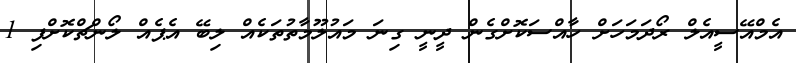
އެމްއޭސީއެލް ރޯދަމަހަށް ހާއްސަކޮށްގެން ދީނީ ގިނަ މައުލޫމާތުތަކެއް ލިބޭ އެޕެއް ލޯންޗްކޮށްފި 1